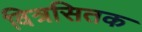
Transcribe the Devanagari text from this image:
वित्रसितक